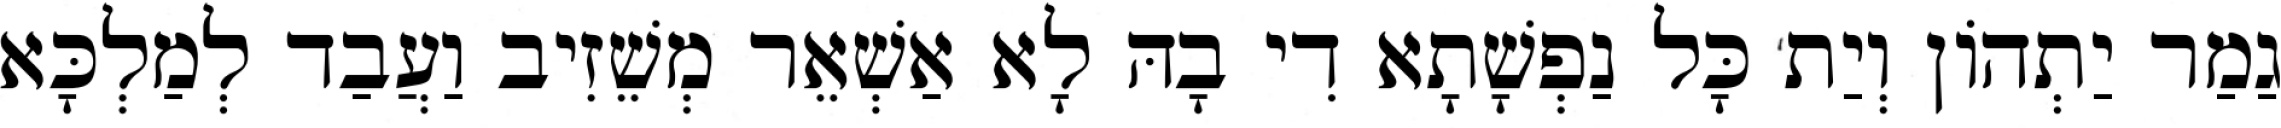
גַמַר יַתְהוֹן וְיַת כָּל נַפְשָׁתָא דִי בָהּ לָא אַשְׁאֵר מְשֵׁזִיב וַעֲבַד לְמַלְכָּא